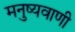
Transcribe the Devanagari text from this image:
मनुष्यवाणी